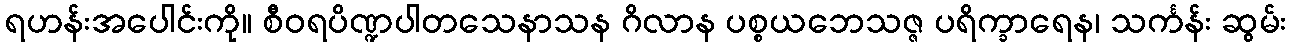
ရဟန်းအပေါင်းကို။ စီဝရပိဏ္ဍပါတသေနာသန ဂိလာန ပစ္စယဘေသဇ္ဇ ပရိက္ခာရေန၊ သင်္ကန်း ဆွမ်း